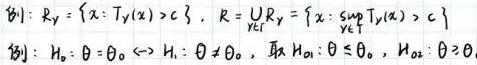
\begin{split}
&例\(1:  R_{\gamma}=\{x: T_{\gamma}(x)>c\}, \quad R = \cup_{\gamma}R_{\gamma}=\left\{x: \sup_{y\in\Theta_{\gamma}}T_{\gamma}(x)>c\right\}\)\\
&例\(2:  H_0: \theta = \theta_0 \leftrightarrow H_1: \theta \neq \theta_0, \quad H_{01}: \theta \leq \theta_0, \quad H_{02}: \theta \geq \theta_0\)\\
\end{split}